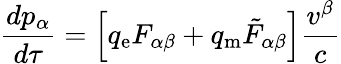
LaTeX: {\frac{dp_{\alpha}}{d\tau}}=\left[q_{\mathrm{e}}F_{\alpha\beta}+q_{\mathrm{m}}{{\tilde{F}}_{\alpha\beta}}\right]{\frac{v^{\beta}}{c}}